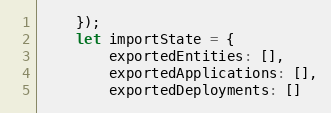
Language: JavaScript
    });
    let importState = {
        exportedEntities: [],
        exportedApplications: [],
        exportedDeployments: []